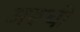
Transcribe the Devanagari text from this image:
अरूची